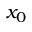
x _ { 0 }